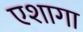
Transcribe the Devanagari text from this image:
एशागा